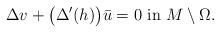
LaTeX: \begin{align*}\Delta v + \big( \Delta'(h) \big)\bar u=0 \mbox{ in } M\setminus \Omega.\end{align*}